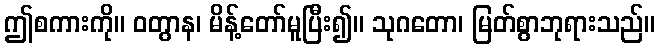
ဤစကားကို။ ဝတွာန၊ မိန့်တော်မူပြီး၍။ သုဂတော၊ မြတ်စွာဘုရားသည်။